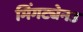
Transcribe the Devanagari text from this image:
मिंगट्येनउ